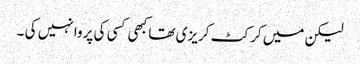
لیکن میں کرکٹ کریزی تھا کبھی کسی کی پروا نہیں کی ۔